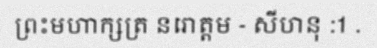
ព្រះមហាក្សត្រ នរោត្តម - សីហនុ :1 .